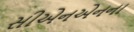
સીએનએનના